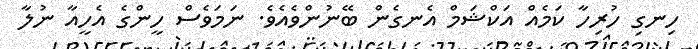
ހިނގި ހުރިހާ ކަމެއް އަކްޝަމް އެނގެން ބޭނުންވެއެވެ. ނަމަވެސް ހީންގެ އެހީއާ ނުލާ